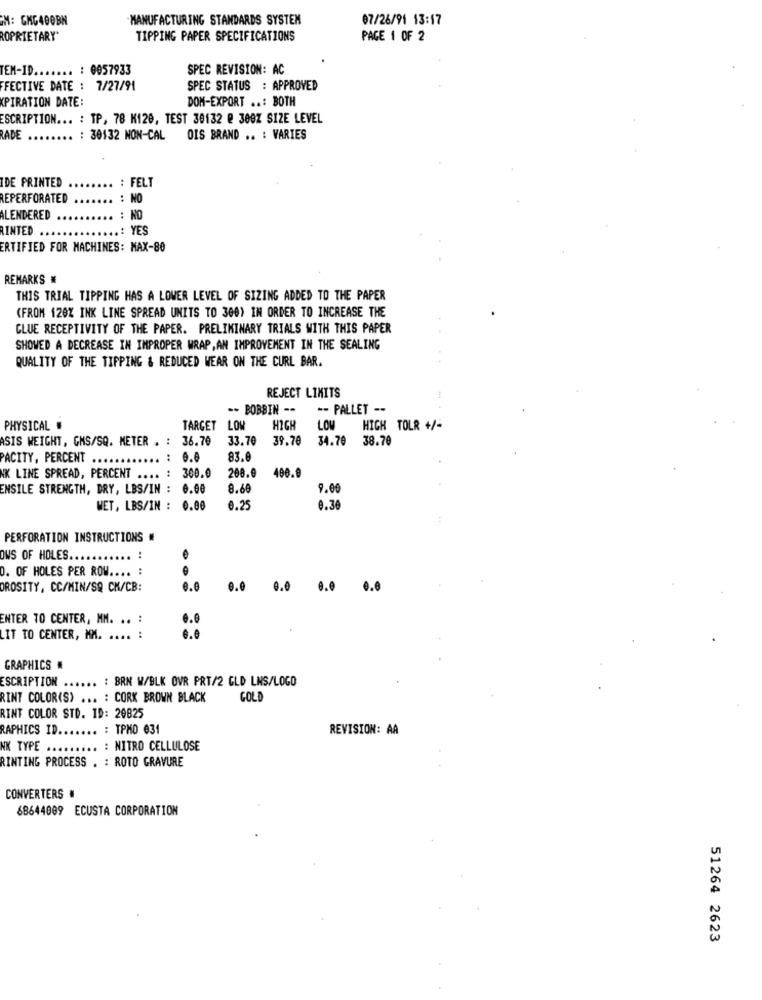
M: CHG400BN
MANUFACTURING STANDARDS SYSTEM
07/26/91 13:17
ROPRIETARY"
TIPPING PAPER SPECIFICATIONS
PAGE 1 OF 2
TEM-ID ...
.. : 0057933
SPEC REVISION: AC
FFECTIVE DATE : 7/27/91
SPEC STATUS : APPROVED
KPIRATION DATE:
DOM-EXPORT ..: BOTH
ESCRIPTION ... : TP, 78 K120, TEST 30132 @ 300Z SIZE LEVEL
RADE
: 30132 NON-CAL
OIS BRAND .. : VARIES
IDE PRINTED
.. : FELT
REPERFORATED
.. : NO
ALENDERED
.. : NO
RINTED
.: YES
ERTIFIED FOR MACHINES: MAX-80
REMARKS
THIS TRIAL TIPPING HAS A LOWER LEVEL OF SIZING ADDED TO THE PAPER
(FROM 120% INK LINE SPREAD UNITS TO 300) IN ORDER TO INCREASE THE
CLUE RECEPTIVITY OF THE PAPER. PRELIMINARY TRIALS WITH THIS PAPER
SHOWED A DECREASE IN IMPROPER WRAP, AN IMPROVEMENT IN THE SEALING
QUALITY OF THE TIPPING & REDUCED WEAR ON THE CURL BAR.
REJECT LIMITS
-- BOBBIN --
-- PALLET --
PHYSICAL #
TARGET LOW
HIGH
LOW
HIGH TOLR +/-
ASIS WEIGHT, GMS/SQ. METER . : 36.70
33.70
39.70 34.70
38.70
PACITY, PERCENT ..
...
0.0
83.0
300.0
208.0
400.0
NK LINE SPREAD, PERCENT .... : 300.
ENSILE STRENGTH, DRY, LBS/IN :
0.00
8.68
9.0
WET, LBS/IN : 0.00
0.25
0.36
PERFORATION INSTRUCTIONS #
OWS OF HOLES ...
O. OF HOLES PER ROW ....
OROSITY, CC/MIN/SQ CK/CB:
6.8
0.0
0.0
...
...
ENTER TO CENTER, MM. .. .
0.0
LIT TO CENTER, MM. .... :
GRAPHICS #
ESCRIPTION ...... : BRN W/BLK OVR PRT/2 GLD LNS/LOGO
RINT COLOR(S) ... : CORK BROWN BLACK
GOLD
RINT COLOR STD. ID: 29825
RAPHICS ID
..... : TPMO 031
REVISION: AA
NK TYPE ......... : NITRO CELLULOSE
RINTING PROCESS . : ROTO GRAVURE
CONVERTERS #
68644009 ECUSTA CORPORATION
51264 2623